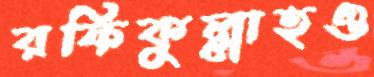
রফিকুল্লাহও